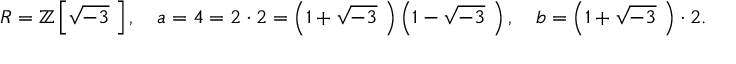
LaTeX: R = \mathbb { Z } \left[ { \sqrt { - 3 } } \, \, \right] , \quad a = 4 = 2 \cdot 2 = \left( 1 + { \sqrt { - 3 } } \, \, \right) \left( 1 - { \sqrt { - 3 } } \, \, \right) , \quad b = \left( 1 + { \sqrt { - 3 } } \, \, \right) \cdot 2 .